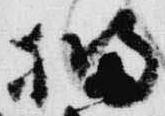
橘